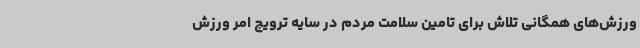
ورزش‌های همگانی تلاش برای تامین سلامت مردم در سایه ترویج امر ورزش